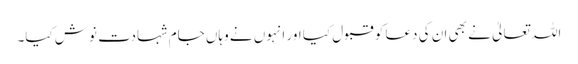
اللہ تعالیٰ نے بھی ان کی دعا کو قبول کیا اور انہوں نے وہاں جام شہادت نوش کیا۔